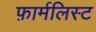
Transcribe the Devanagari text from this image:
फ़ार्मलिस्ट